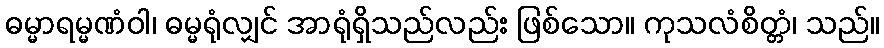
ဓမ္မာရမ္မဏံဝါ၊ ဓမ္မရုံလျှင် အာရုံရှိသည်လည်း ဖြစ်သော။ ကုသလံစိတ္တံ၊ သည်။